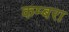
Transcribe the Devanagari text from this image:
कम्बरा